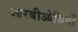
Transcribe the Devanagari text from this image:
आरबीओसियों